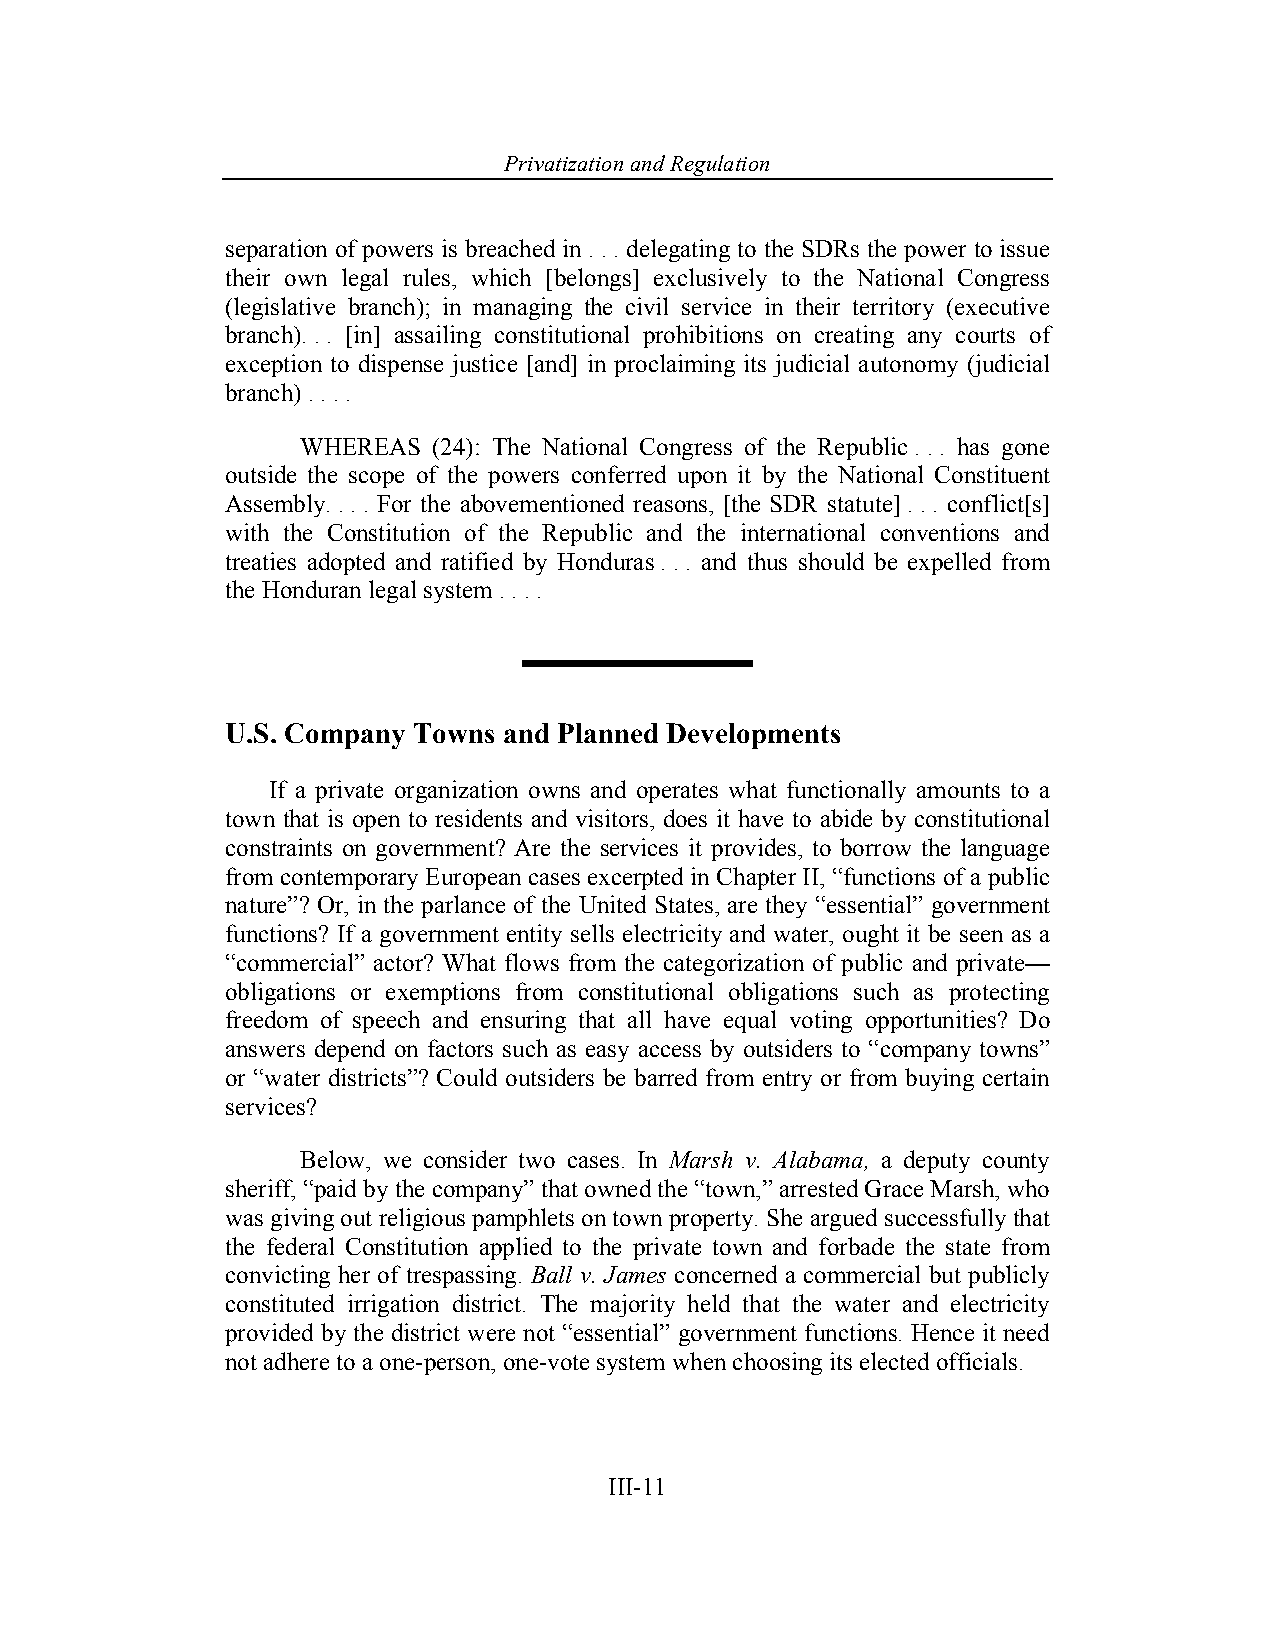
Privatization and Regulation
 separation of powers is breached in . . . delegating to the SDRs the power to issue
 their own legal rules, which [belongs] exclusively to the National Congress
 (legislative branch); in managing the civil service in their territory (executive
 branch). . . [in] assailing constitutional prohibitions on creating any courts of
 exception to dispense justice [and] in proclaiming its judicial autonomy (judicial
 branch) . . . .
 WHEREAS  (24): The National Congress of the Republic . . . has gone
 outside the scope of the powers conferred upon it by the National Constituent
 Assembly. . . . For the abovementioned reasons, [the SDR statute] . . . conflict[s]
 with the Constitution of the Republic and the international conventions and
 treaties adopted and ratified by Honduras . . . and thus should be expelled from
 the Honduran legal system . . . .
 U.S. Company Towns and Planned Developments
 If a private organization owns and operates what functionally amounts to a
 town that is open to residents and visitors, does it have to abide by constitutional
 constraints on government? Are the services it provides, to borrow the language
 from contemporary European cases excerpted in Chapter II, “functions of a public
 nature”? Or, in the parlance of the United States, are they “essential” government
 functions? If a government entity sells electricity and water, ought it be seen as a
 “commercial” actor? What flows from the categorization of public and private—
 obligations or exemptions from constitutional obligations such as protecting
 freedom of speech and ensuring that all have equal voting opportunities? Do
 answers depend on factors such as easy access by outsiders to “company towns”
 or “water districts”? Could outsiders be barred from entry or from buying certain
 services?
 Below, we consider two cases. In Marsh v. Alabama, a deputy county
 sheriff, “paid by the company” that owned the “town,” arrested Grace Marsh, who
 was giving out religious pamphlets on town property. She argued successfully that
 the federal Constitution applied to the private town and forbade the state from
 convicting her of trespassing. Ball v. James concerned a commercial but publicly
 constituted irrigation district. The majority held that the water and electricity
 provided by the district were not “essential” government functions. Hence it need
 not adhere to a one-person, one-vote system when choosing its elected officials.
 III-11